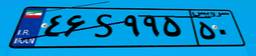
۲۷S۴۲۳۶۸